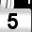
Digit: 5